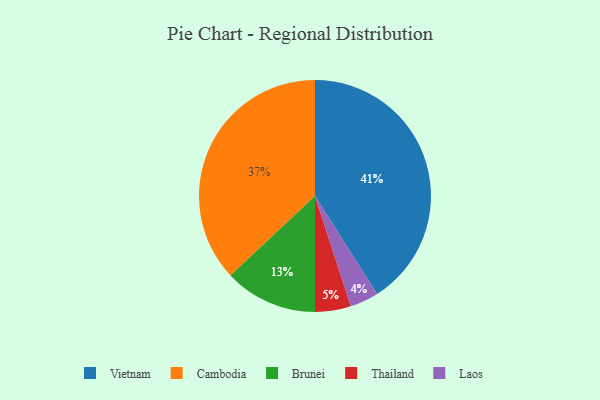
{"axis": {"x": "Category", "y": "Percentage"}, "legend": ["Brunei", "Cambodia", "Laos", "Thailand", "Vietnam"], "data": [{"x": "Laos", "y": 4, "type": "Laos"}, {"x": "Cambodia", "y": 37, "type": "Cambodia"}, {"x": "Vietnam", "y": 41, "type": "Vietnam"}, {"x": "Brunei", "y": 13, "type": "Brunei"}, {"x": "Thailand", "y": 5, "type": "Thailand"}]}